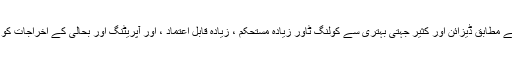
مرضی کے مطابق ڈیزائن اور کثیر جہتی بہتری سے کولنگ ٹاور زیادہ مستحکم ، زیادہ قابل اعتماد ، اور آپریٹنگ اور بحالی کے اخراجات کو بچاتا ہے۔